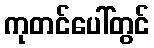
ကုတင်ပေါ်တွင်